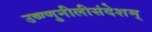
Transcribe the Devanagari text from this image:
उष्ण्णुनीलीसंदेशम्